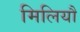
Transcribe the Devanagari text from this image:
मिलियौ